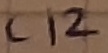
Text: C12